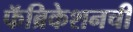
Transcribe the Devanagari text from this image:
फॅब्रिकेशनची